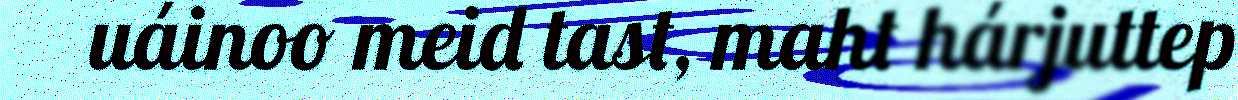
uáinoo meid tast, maht hárjuttep